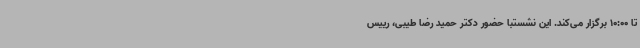
تا 10:00 برگزار می‌کند. این نشستبا حضور دکتر حمید رضا طیبی، رییس